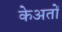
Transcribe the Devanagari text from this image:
केअतों